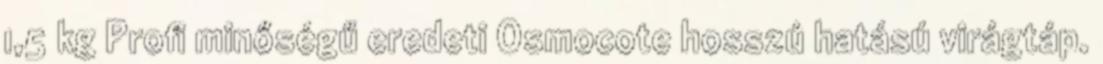
1,5 kg Profi minőségű eredeti Osmocote hosszú hatású virágtáp.